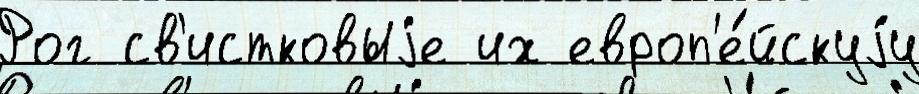
Рог св'истковыjе их европ'е́йскуjу